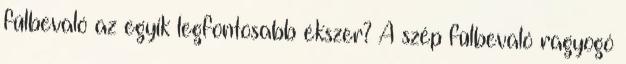
fülbevaló az egyik legfontosabb ékszer? A szép fülbevaló ragyogó